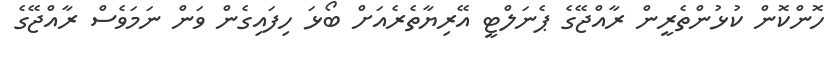
ހޮންކޮން ކުޅުންތެރީން ރާއްޖޭގެ ޕެނަލްޓީ އޭރިޔާތެރެއަށް ބޯޅަ ހިފައިގެން ވަން ނަމަވެސް ރާއްޖޭގެ